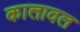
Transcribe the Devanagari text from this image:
कालावल